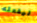
ليفعله